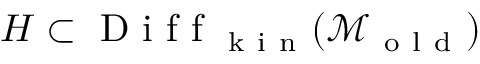
H \subset \mathrm { ~ D ~ i ~ f ~ f ~ } _ { \mathrm { ~ k ~ i ~ n ~ } } ( \mathcal { M } _ { \mathrm { ~ o ~ l ~ d ~ } } )